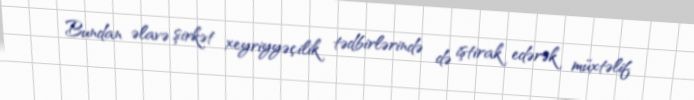
Bundan əlavə şirkət xeyriyyəçilik tədbirlərində də iştirak edərək müxtəlif